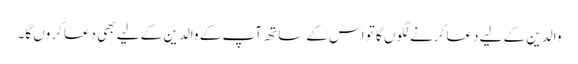
والدین کے لیے دعا کرنے لگوں گا تو اس کے ساتھ آپ کے والدین کے لیے بھی دعا کروں گا۔